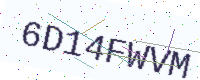
Text: 6D14FWVM